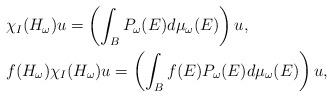
LaTeX: \begin{align*} &\chi_I(H_\omega)u = \left(\int_B P_\omega(E) d\mu_\omega(E)\right)u,\\ &f(H_\omega)\chi_I(H_\omega) u = \left( \int_{B} f(E)P_\omega(E) d\mu_\omega(E)\right) u, \end{align*}